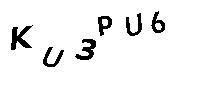
KU3PU6